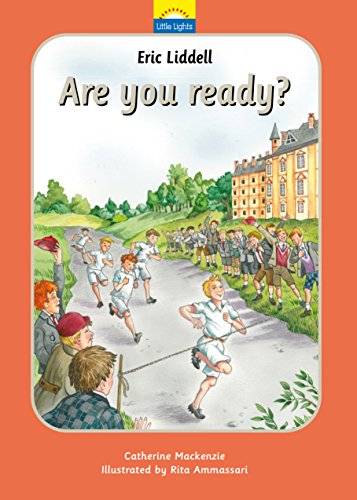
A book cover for Eric Liddell: Are you ready? (Little Lights); Catherine MacKenzie; Children's Books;